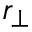
r _ { \perp }